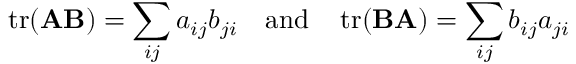
\operatorname { t r } ( \mathbf { A } \mathbf { B } ) = \sum _ { i j } a _ { i j } b _ { j i } \quad { \mathrm { a n d } } \quad \operatorname { t r } ( \mathbf { B } \mathbf { A } ) = \sum _ { i j } b _ { i j } a _ { j i }